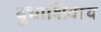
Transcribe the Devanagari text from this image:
दुधाशिवाय